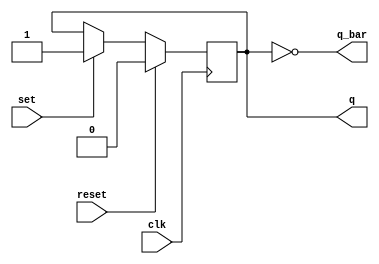
module sr_flipflop (
    input wire clk,
    input wire reset,
    input wire set,
    output reg q,
    output reg q_bar
);

always @(posedge clk) begin
    if (reset) begin
        q <= 1'b0;
    end else if (set) begin
        q <= 1'b1;
    end
end

assign q_bar = ~q;

endmodule